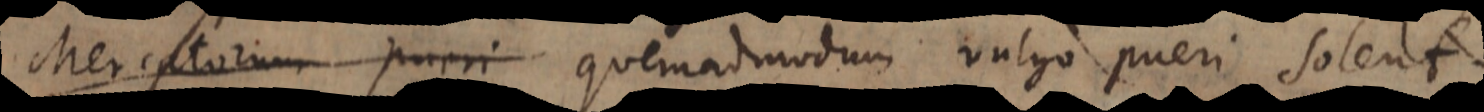
utcunque quemadmodum vulgo pueri solent.